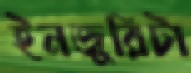
ইনজুরিটা